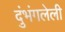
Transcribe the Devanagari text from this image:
दुंभंगलेली